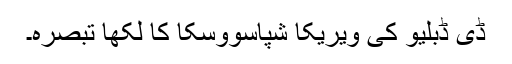
ڈی ڈبلیو کی ویریکا شپاسووسکا کا لکھا تبصرہ۔